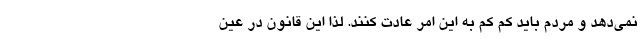
نمی‌دهد و مردم باید کم کم به این امر عادت کنند. لذا این قانون در عین